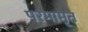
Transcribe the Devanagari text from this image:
परमामृत